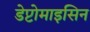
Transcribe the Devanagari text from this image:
डेप्टोमाइसिन